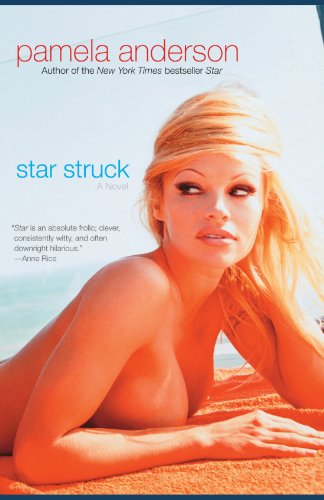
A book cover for Star Struck: A Novel; Pamela Anderson; Romance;